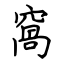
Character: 窩